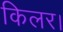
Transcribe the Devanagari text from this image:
किलर।